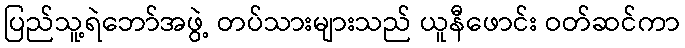
ပြည်သူ့ရဲဘော်အဖွဲ့ တပ်သားများသည် ယူနီဖောင်း ဝတ်ဆင်ကာ